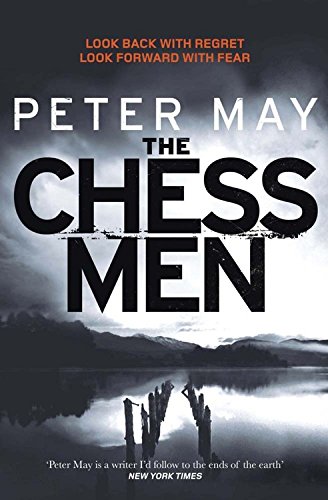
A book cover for The Chessmen: The Lewis Trilogy; Peter May; Mystery, Thriller & Suspense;